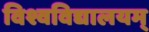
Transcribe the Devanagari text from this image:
विश्वविद्यालयम्‌